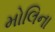
મોલિના